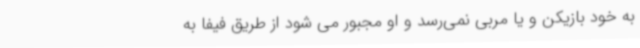
به خود بازیکن و یا مربی نمی‌رسد و او مجبور می شود از طریق فیفا به